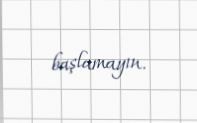
başlamayın.